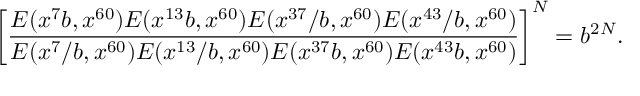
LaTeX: \left[ \frac { E ( x ^ { 7 } b , x ^ { 6 0 } ) E ( x ^ { 1 3 } b , x ^ { 6 0 } ) E ( x ^ { 3 7 } / b , x ^ { 6 0 } ) E ( x ^ { 4 3 } / b , x ^ { 6 0 } ) } { E ( x ^ { 7 } / b , x ^ { 6 0 } ) E ( x ^ { 1 3 } / b , x ^ { 6 0 } ) E ( x ^ { 3 7 } b , x ^ { 6 0 } ) E ( x ^ { 4 3 } b , x ^ { 6 0 } ) } \right] ^ { N } = b ^ { 2 N } .